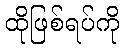
ထိုဖြစ်ရပ်ကို